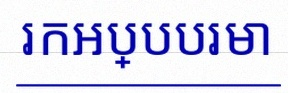
រកអប្បបរមា